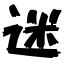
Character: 迷